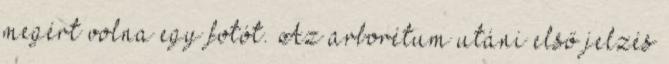
megért volna egy fotót. Az arborétum utáni első jelzés